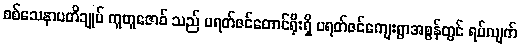
စစ်သေနာပတိချုပ် ကူတူဇောဝ် သည် ပရတ်ဇင်တောင်ရိုးရှိ ပရတ်ဇင်ကျေးရွာအစွန်တွင် ရပ်လျက်